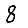
Digit: 8